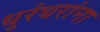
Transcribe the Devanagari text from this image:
धुरंधरांना